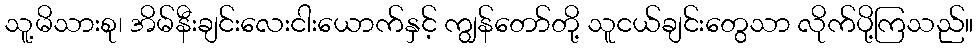
သူ့မိသားစု၊ အိမ်နီးချင်းလေးငါးယောက်နှင့် ကျွန်တော်တို့ သူငယ်ချင်းတွေသာ လိုက်ပို့ကြသည်။